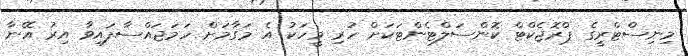
މިނިސްޓްރީގެ ޕްރޮޖެކްޓް ކޮންސަލްޓެންޓަކަށް ހުރި މީހަކު އެ މަގާމަށް ހަމަޖައްސާފައިވާ އިރު އޭނާ